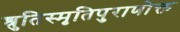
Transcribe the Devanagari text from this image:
श्रुतिस्मृतिपुराणोक्त